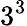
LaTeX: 3^{3}